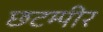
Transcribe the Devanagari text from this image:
छटम्पीर